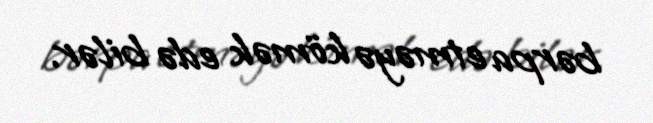
bərpa etməyə kömək edə bilər.